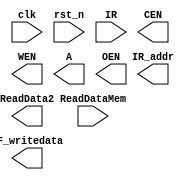
// Single Cycle MIPS
//=========================================================
// Input/Output Signals:
// positive-edge triggered         clk
// active low asynchronous reset   rst_n
// instruction memory interface    IR_addr, IR
// output for testing purposes     RF_writedata  
//=========================================================
// Wire/Reg Specifications:
// control signals             MemToReg, MemRead, MemWrite, 
//                             RegDST, RegWrite, Branch, 
//                             Jump, ALUSrc, ALUOp
// ALU control signals         ALUctrl
// ALU input signals           ALUin1, ALUin2
// ALU output signals          ALUresult, ALUzero
// instruction specifications  r, j, jal, jr, lw, sw, beq
// sign-extended signal        SignExtend
// MUX output signals          MUX_RegDST, MUX_MemToReg, 
//                             MUX_Src, MUX_Branch, MUX_Jump
// registers input signals     Reg_R1, Reg_R2, Reg_W, WriteData 
// registers                   Register
// registers output signals    ReadData1, ReadData2
// data memory contral signals CEN, OEN, WEN
// data memory output signals  ReadDataMem
// program counter/address     PCin, PCnext, JumpAddr, BranchAddr
//=========================================================

module SingleCycle_MIPS( 
    clk,
    rst_n,
    IR_addr,
    IR,
    RF_writedata,
    ReadDataMem,
    CEN,
    WEN,
    A,
    ReadData2,
    OEN
);

//==== in/out declaration =================================
    //-------- processor ----------------------------------
    input         clk, rst_n;
    input  [31:0] IR;
    output [31:0] IR_addr, RF_writedata;
    //-------- data memory --------------------------------
    input  [31:0] ReadDataMem;  // read_data from memory
    output        CEN;  // chip_enable, 0 when you read/write data from/to memory
    output        WEN;  // write_enable, 0 when you write data into SRAM & 1 when you read data from SRAM
    output  [6:0] A;  // address
    output [31:0] ReadData2;  // write_data to memory
    output        OEN;  // output_enable, 0

//==== reg/wire declaration ===============================


//==== combinational part =================================

// control unit

// alu

// pc

// register file

//==== sequential part ====================================

// pc

// register file

//=========================================================
endmodule